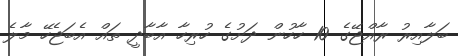
ބަލާއިރު ރާއްޖޭގެ 10 ހާހުން ދަށުގެ ހުރިހާ އާބާދީ ތައް އެބަޖެހޭ މާލެ